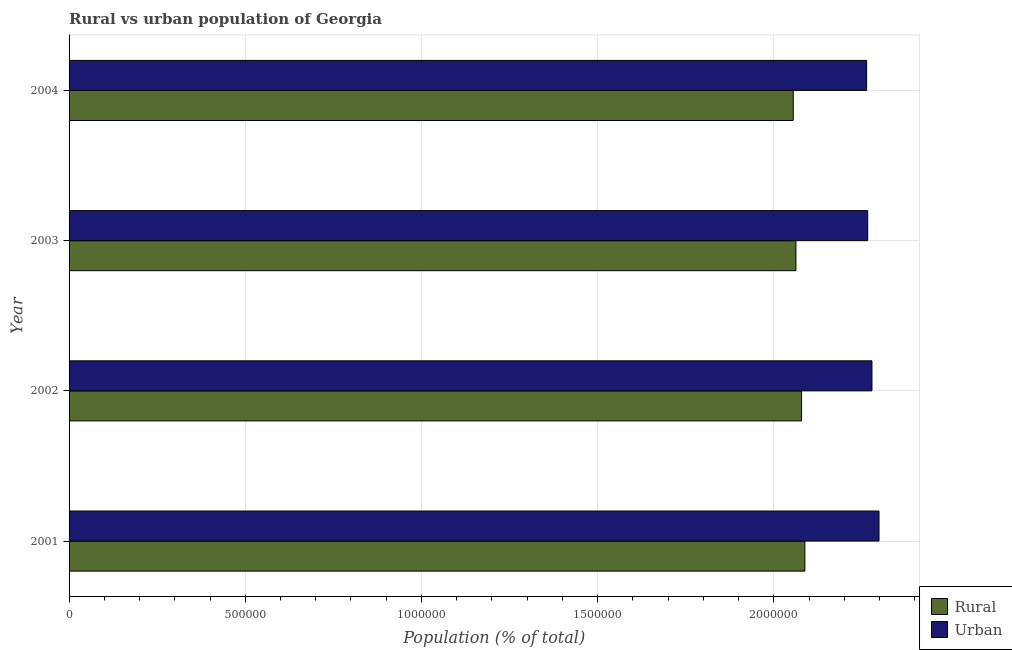
| Year | Rural | Urban |
 | --- | --- | --- |
 | 2001 | 2.09e+06 | 2.3e+06 |
 | 2002 | 2.08e+06 | 2.28e+06 |
 | 2003 | 2.06e+06 | 2.27e+06 |
 | 2004 | 2.06e+06 | 2.26e+06 |